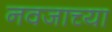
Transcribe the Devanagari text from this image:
नवजाच्या